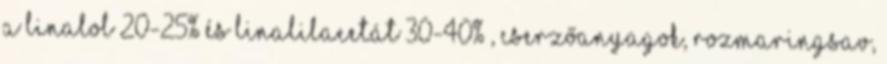
a linalol 20-25% és linalilacetát 30-40% , cserzőanyagok, rozmaringsav,